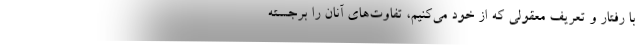
با رفتار و تعریف معقولی که از خود می‌کنیم، تفاوت‌های آنان را برجسته